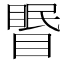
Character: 𥉦